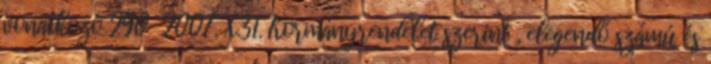
vonatkozó 290 2007. X.31. Kormányrendelet szerint , elegendő számú és